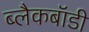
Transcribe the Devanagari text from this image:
ब्लैकबॉडी